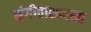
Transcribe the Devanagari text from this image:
संगीतासारखा